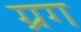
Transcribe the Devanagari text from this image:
ग्रग